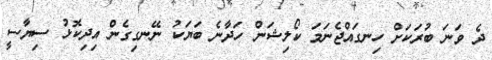
ދެ ވަނަ ބުރަކަށް ހިނގައްޖެނަމަ ކޯލިޝަން ހަދާނެ ބަޔަކު ނޭނގިގެން އިދިކޮޅު ސިޔާސީ